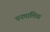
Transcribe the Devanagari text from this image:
पनपालिया